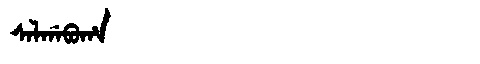
Manchu: ᠰᠠᠯᡤᠠᠪᡠᡥᠠ
Romanization: SALGABUHA